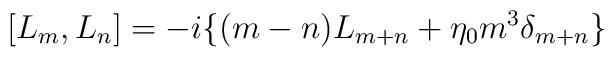
[L_{m},L_{n}]= -i \{ (m-n)L_{m+n}+\eta_0 m^3 \delta_{m+n} \}